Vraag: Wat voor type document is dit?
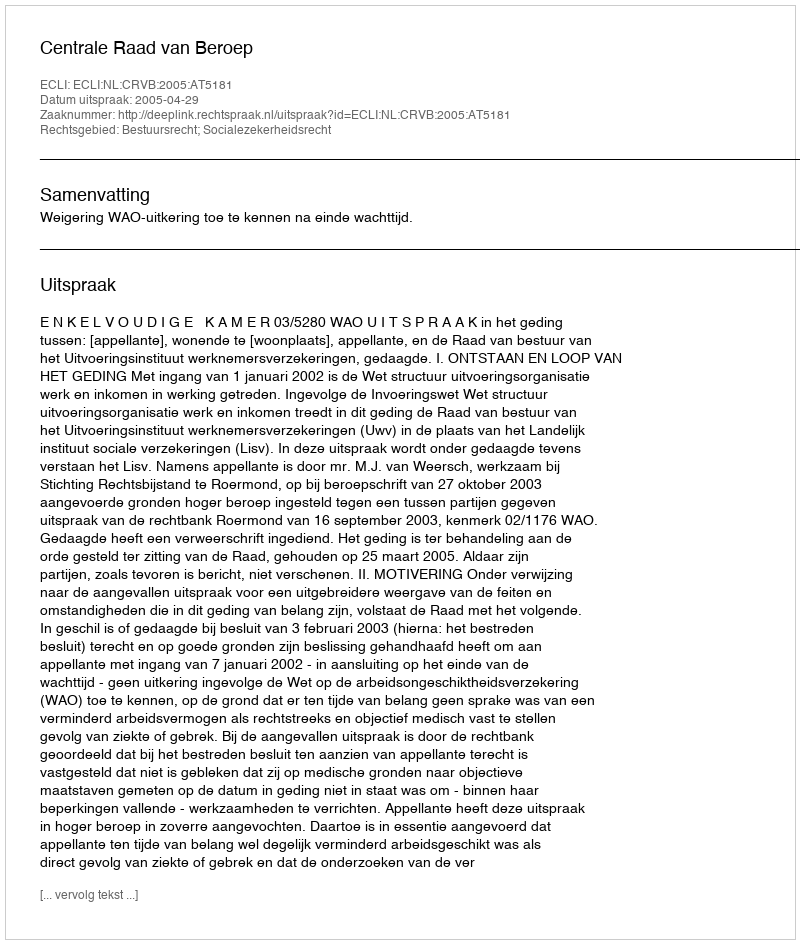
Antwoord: Uitspraak